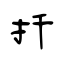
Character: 扦